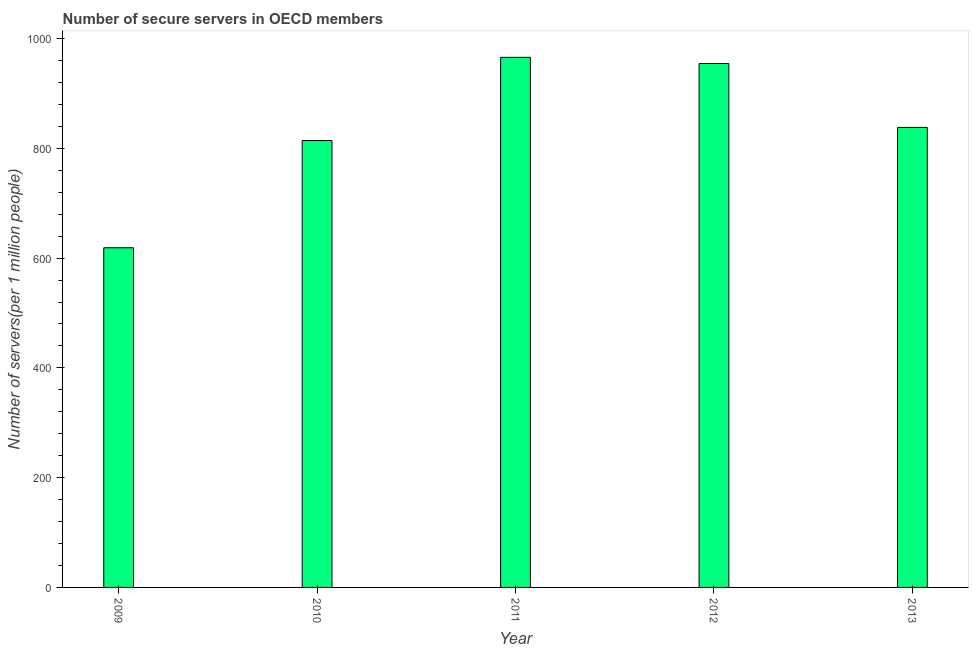
| Year | Secure Internet servers |
 | --- | --- |
 | 2009 | 619 |
 | 2010 | 814 |
 | 2011 | 966 |
 | 2012 | 955 |
 | 2013 | 838 |